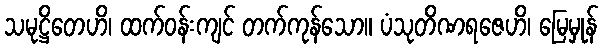
သမုဋ္ဌိတေဟိ၊ ထက်ဝန်းကျင် တက်ကုန်သော။ ပံသုတိဏရဇေဟိ၊ မြေမှုန်